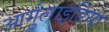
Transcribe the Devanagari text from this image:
आर्गुलाइडिया